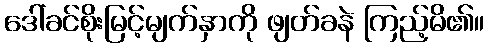
ဒေါ်ခင်စိုးမြင့်မျက်နှာကို ဖျတ်ခနဲ ကြည့်မိ၏။